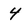
Character: 4